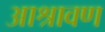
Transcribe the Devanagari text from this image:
आश्रावण